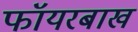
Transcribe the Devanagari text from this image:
फॉयरबाख